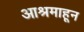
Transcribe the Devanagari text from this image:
आश्रमाहून